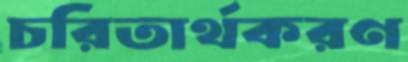
চরিতার্থকরণ